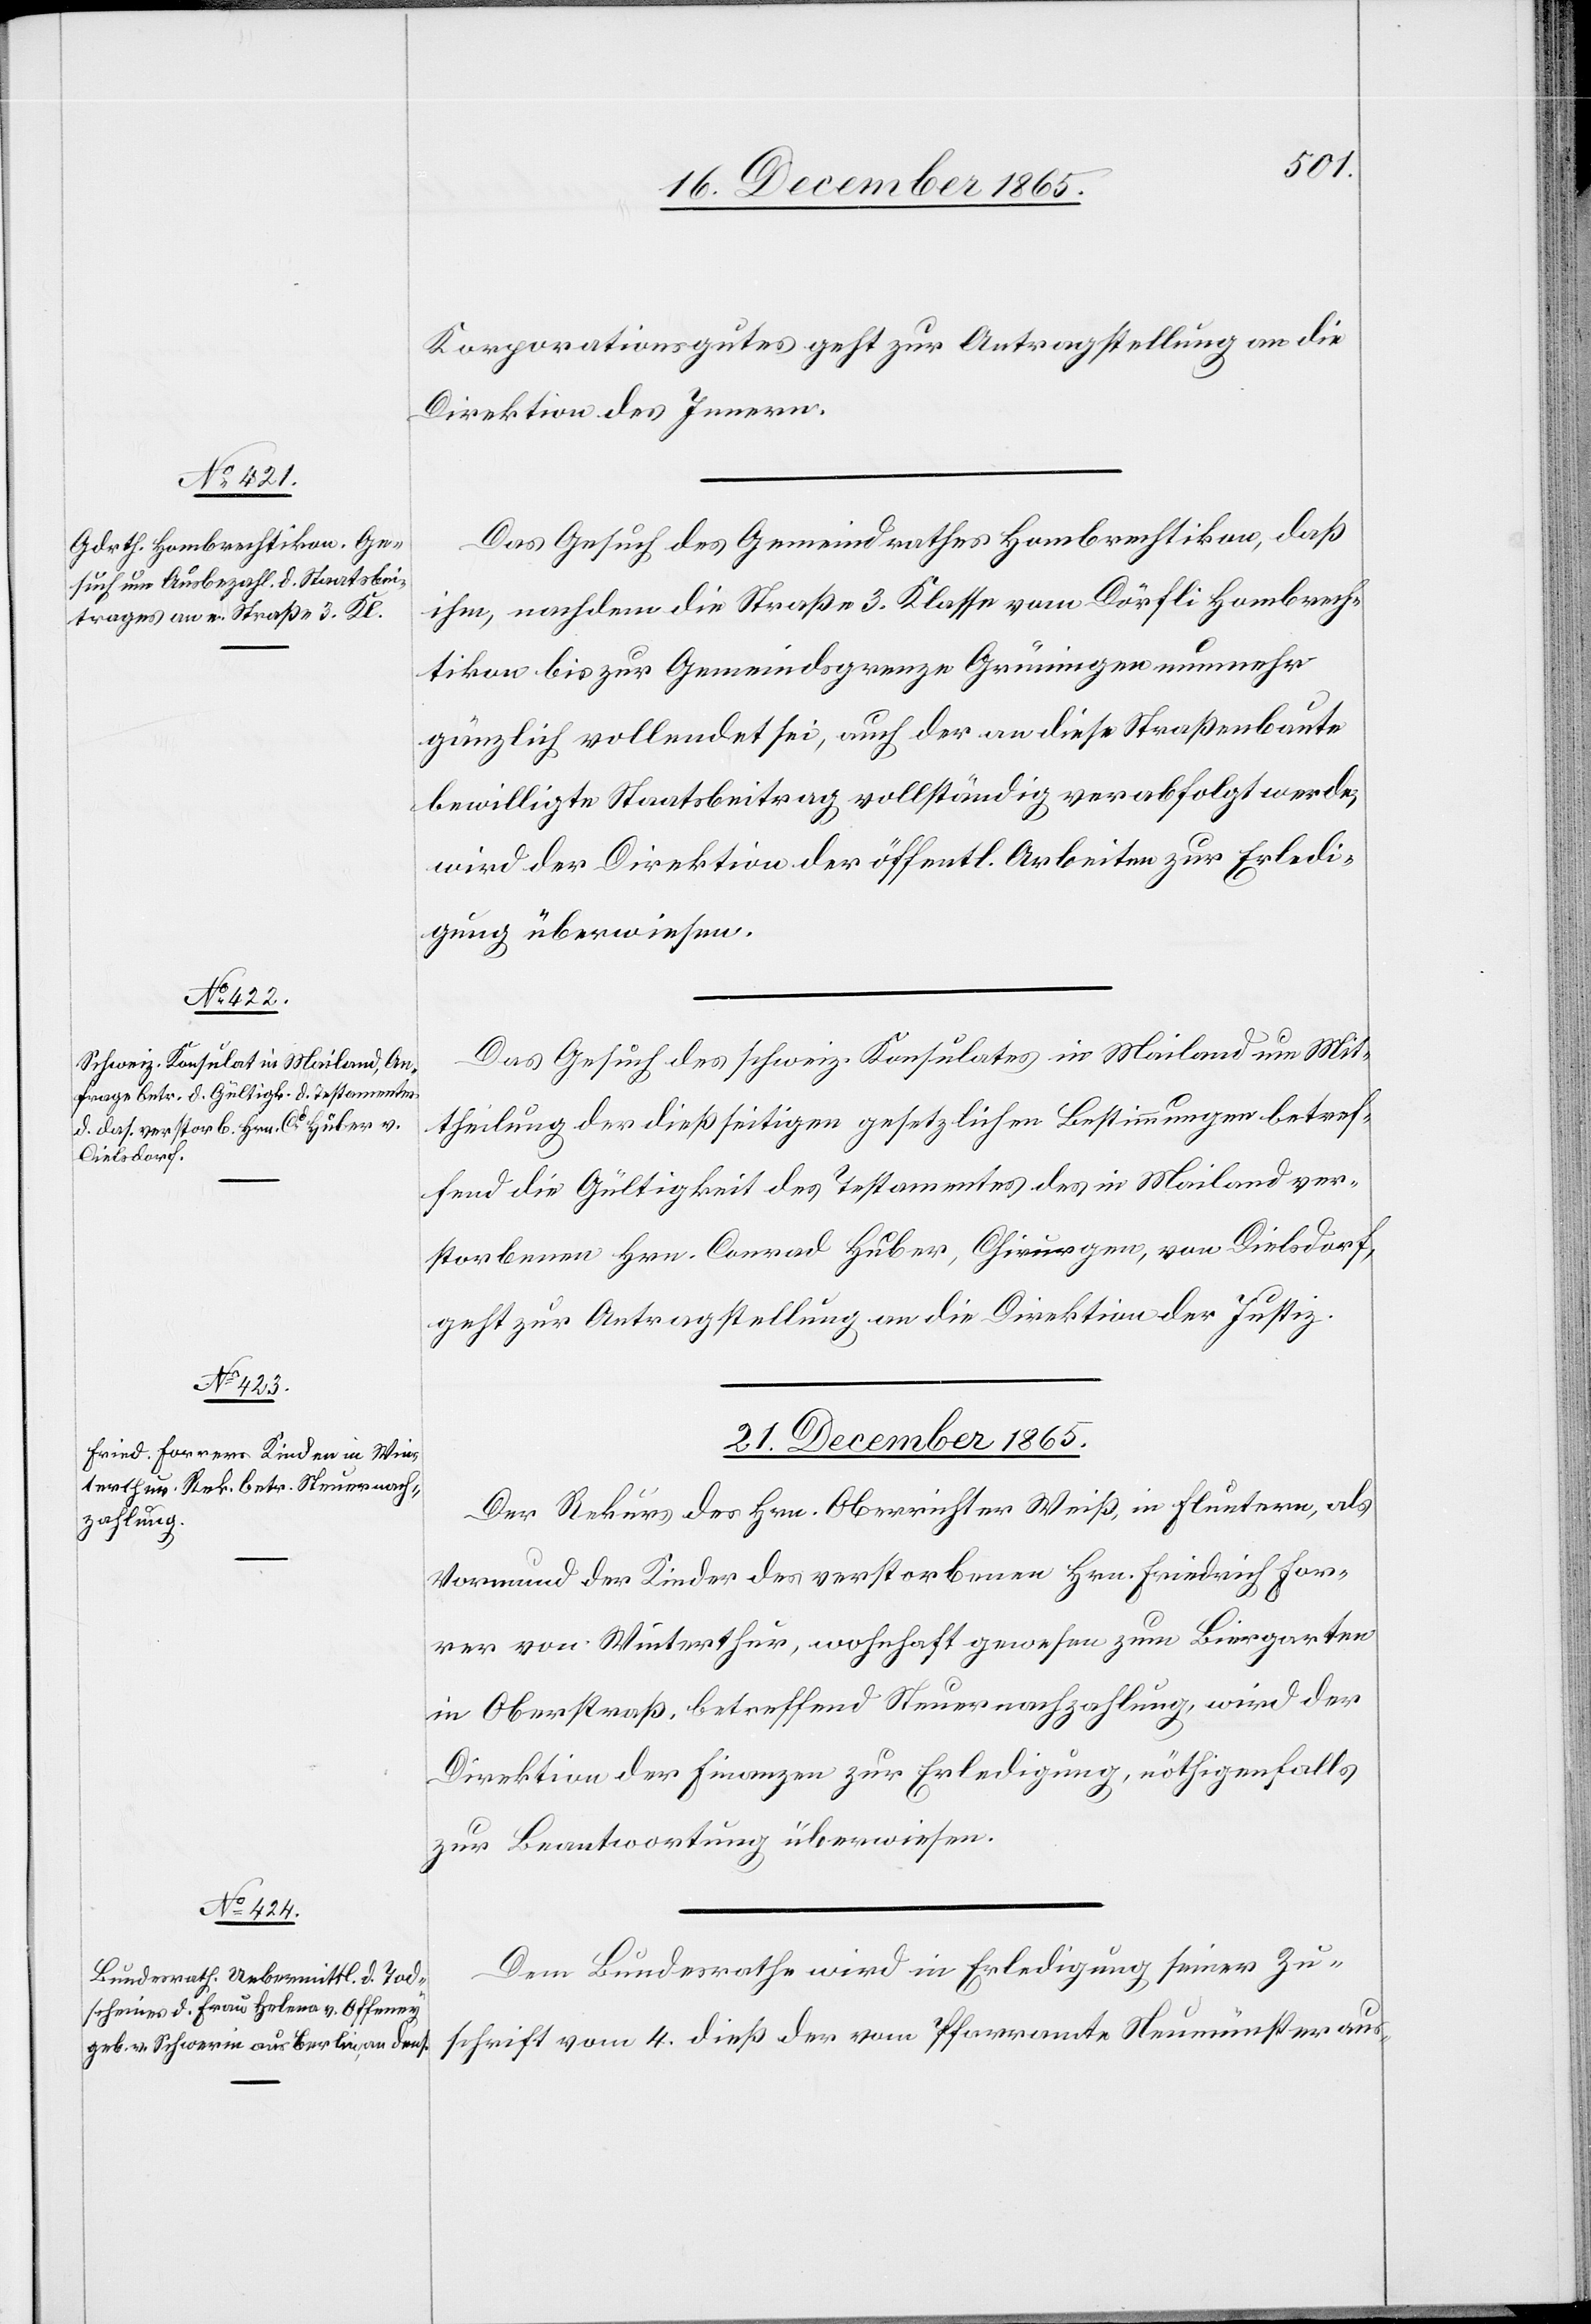
Korporationsgutes geht zur Antragstellung an die
Direktion des Innern.
Das Gesuch des Gemeindrathes Hombrechtikon, daß
ihm, nachdem die Straße 3. Klasse vom Dörfli Hombrech¬
tikon bis zur Gemeindsgrenze Grüningen nunmehr
gänzlich vollendet sei, auch der an diese Straßenbaute
bewilligte Staatsbeitrag vollständig verabfolgt werde,
wird der Direktion der öffentl. Arbeiten zur Erledi¬
gung überwiesen.
Das Gesuch des schweiz. Konsulates in Mailand um Mit¬
theilung der dießseitigen gesetzlichen Bestimmungen betref¬
fend die Gültigkeit des Testamentes des in Mailand ver¬
storbenen Hrn. Conrad Huber, Chirurgen, von Dielsdorf,
geht zu Antragstellung an die Direktion der Justiz.
21. December 1865.]
Der Rekurs des Hrn. Oberrichter Weiß, in Fluntern, als
Vormund der Kinder des verstorbenen Hrn. Friedrich For¬
rer von Winterthur, wohnhaft gewesen zum Biergarten
in Oberstraß, betreffend Steuernachzahlung, wird der
Direktion der Finanzen zur Erledigung, nöthigenfalls
zur Beantwortung überwiesen.
Dem Bundesrathe wird in Erledigung seiner Zu¬
schrift vom 4. dieß der vom Pfarramte Neumünster aus-